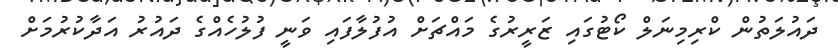
ދައުލަތުން ކްރިމިނަލް ކޯޓުގައި ޒަރީރުގެ މައްޗަށް އުފުލާފައި ވަނީ ފުލުހެއްގެ ދައުރު އަދާކުރުމަށް